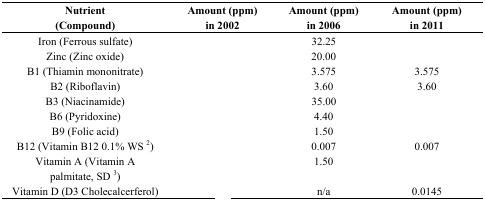
<table><thead><tr><td><b>Nutrient (Compound)</b></td><td><b>Amount (ppm) in 2002</b></td><td><b>Amount (ppm) in 2006</b></td><td><b>Amount (ppm) in 2011</b></td></tr></thead><tbody><tr><td>Iron (Ferrous sulfate)</td><td>[EMPTY_CELL]</td><td>32.25</td><td>[EMPTY_CELL]</td></tr><tr><td>Zinc (Zinc oxide)</td><td>[EMPTY_CELL]</td><td>20.00</td><td>[EMPTY_CELL]</td></tr><tr><td>B1 (Thiamin mononitrate)</td><td>[EMPTY_CELL]</td><td>3.575</td><td>3.575</td></tr><tr><td>B2 (Riboflavin)</td><td>[EMPTY_CELL]</td><td>3.60</td><td>3.60</td></tr><tr><td>B3 (Niacinamide)</td><td>[EMPTY_CELL]</td><td>35.00</td><td>[EMPTY_CELL]</td></tr><tr><td>B6 (Pyridoxine)</td><td>[EMPTY_CELL]</td><td>4.40</td><td>[EMPTY_CELL]</td></tr><tr><td>B9 (Folic acid)</td><td>[EMPTY_CELL]</td><td>1.50</td><td>[EMPTY_CELL]</td></tr><tr><td>B12 (Vitamin B12 0.1% WS <sup>2</sup>)</td><td>[EMPTY_CELL]</td><td>0.007</td><td>0.007</td></tr><tr><td>Vitamin A (Vitamin A palmitate, SD <sup>3</sup>)</td><td>[EMPTY_CELL]</td><td>1.50</td><td>[EMPTY_CELL]</td></tr><tr><td>Vitamin D (D3 Cholecalcerferol)</td><td>[EMPTY_CELL]</td><td>n/a</td><td>0.0145</td></tr></tbody></table>